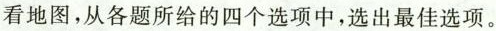
看地图,从各题所给的四个选项中,选出最佳选项。